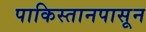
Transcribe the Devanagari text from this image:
पाकिस्तानपासून